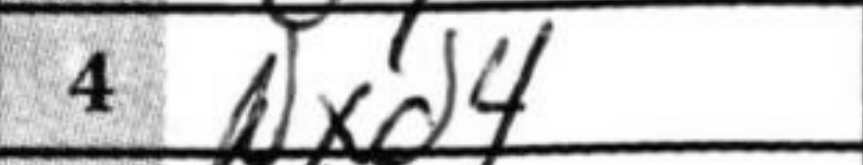
Transcription: Nxd4